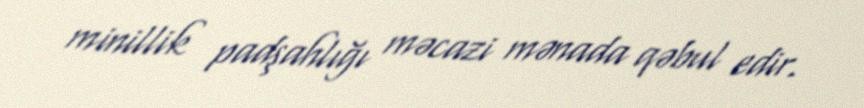
minillik padşahlığı məcazi mənada qəbul edir.